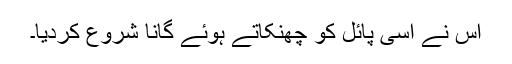
اس نے اسی پائل کو چھنکاتے ہوئے گانا شروع کردیا۔